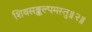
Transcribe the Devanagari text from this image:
शिवसङ्कल्पमस्तु॥२॥